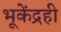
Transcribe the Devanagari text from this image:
भूकेंद्रही